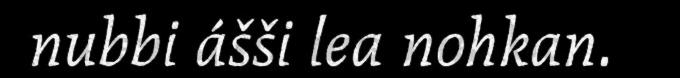
nubbi ášši lea nohkan.